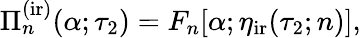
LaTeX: \begin{array}{r}{\Pi_{n}^{\mathrm{(ir)}}(\alpha;\tau_{2})=F_{n}[\alpha;\eta_{\mathrm{ir}}(\tau_{2};n)],}\end{array}